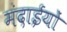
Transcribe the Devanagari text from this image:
मंदाईयों